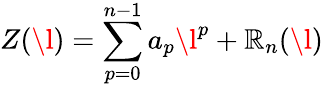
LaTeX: Z(\l)=\sum_{p=0}^{n-1}a_{p}\l^{p}+\mathbb{R}_{n}(\l)